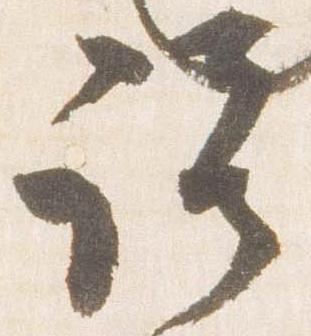
説